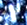
كليه